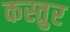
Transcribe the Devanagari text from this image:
कस्तुर